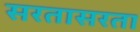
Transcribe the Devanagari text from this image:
सरतासरता